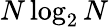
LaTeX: N\log_{2}N